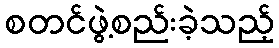
စတင်ဖွဲ့စည်းခဲ့သည့်